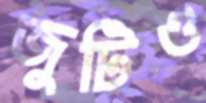
জুটিও